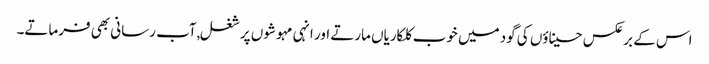
اس کے برعکس حسیناؤں کی گود میں خوب کلکاریاں مارتے اور انہی مہوشوں پر شغل,آب رسانی بھی فرماتے۔